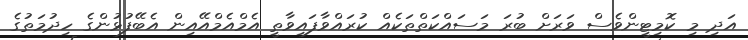
އަދި މި ކޮމިޓީންވެސް ވަރަށް ބުރަ މަސައްކަތްތަކެއް ކުރައްވާފައިވާތީ އެމްއެމްއޭއިން އެބޭފުޅުންގެ ހިދުމަތުގެ